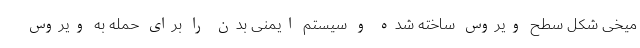
میخی شکل سطح ویروس ساخته شده و سیستم ایمنی بدن را برای حمله به ویروس